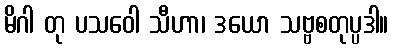
မိဂါ တု ပသဝေါ သီဟာ၊ ဒယော သဗ္ဗစတုပ္ပဒါ။